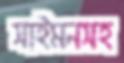
সাইমনসহ